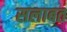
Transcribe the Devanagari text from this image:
सलाबत